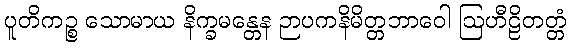
ပူတိကဉ္စ သောမာယ နိက္ခမန္တေန ဉာပကနိမိတ္တဘာဝေါ ဩဟီဠိတတ္တံ